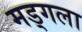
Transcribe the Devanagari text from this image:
मड्गला